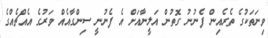
ވިނަތަކުގެ ތެރެއިން ފެނުނު ގޮތުން އަލީނާއަށް އެ ފެނުނީ ސިންގާއެއް ވަރުގެ އެއްޗެއްގެ